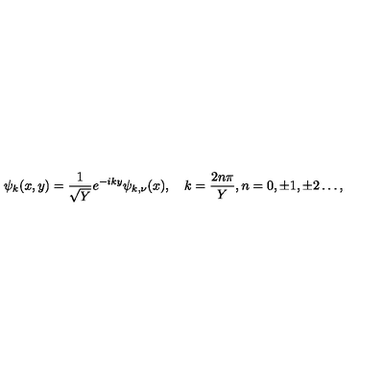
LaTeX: \psi _ { k } ( x , y ) = \frac { 1 } { \sqrt { Y } } e ^ { - i k y } \psi _ { k , \nu } ( x ) , \quad k = \frac { 2 n \pi } { Y } , n = 0 , \pm 1 , \pm 2 \dots ,